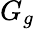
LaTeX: G_{g}